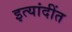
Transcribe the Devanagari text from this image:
इत्यांदींत